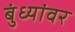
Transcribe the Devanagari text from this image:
बुंध्यांवर